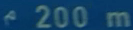
^{\prime}200\mathrm